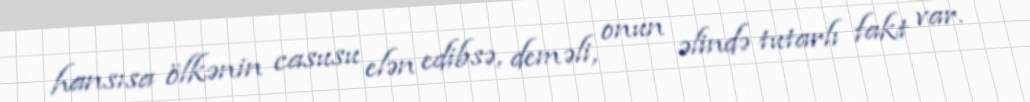
hansısa ölkənin casusu elən edibsə, deməli, onun əlində tutarlı fakt var.